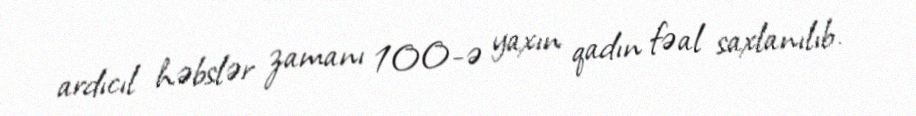
ardıcıl həbslər zamanı 100-ə yaxın qadın fəal saxlanılıb.